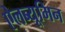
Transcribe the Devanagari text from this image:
ऐलब्यूमिन